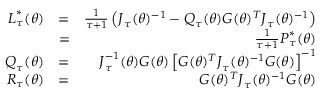
\begin{array} { r l r } { \boldsymbol { L } _ { \tau } ^ { \ast } ( \boldsymbol { \theta } ) } & { = } & { \frac { 1 } { \tau + 1 } \left( \boldsymbol { J } _ { \boldsymbol { \tau } } ( \boldsymbol { \theta } ) ^ { - 1 } - \boldsymbol { Q } _ { \boldsymbol { \tau } } ( \boldsymbol { \theta } ) \boldsymbol { G } ( \boldsymbol { \theta } ) ^ { T } \boldsymbol { J } _ { \boldsymbol { \tau } } ( \boldsymbol { \theta } ) ^ { - 1 } \right) } \\ & { = } & { \frac { 1 } { \tau + 1 } \boldsymbol { P } _ { \tau } ^ { \ast } ( \boldsymbol { \theta } ) } \\ { \boldsymbol { Q } _ { \tau } ( \boldsymbol { \theta } ) } & { = } & { \boldsymbol { J } _ { \boldsymbol { \tau } } ^ { - 1 } ( \boldsymbol { \theta } ) \boldsymbol { G } ( \boldsymbol { \theta } ) \left[ \boldsymbol { G } ( \boldsymbol { \theta } ) ^ { T } \boldsymbol { J } _ { \boldsymbol { \tau } } ( \boldsymbol { \theta } ) ^ { - 1 } \boldsymbol { G } ( \boldsymbol { \theta } ) \right] ^ { - 1 } } \\ { \boldsymbol { R } _ { \tau } ( \boldsymbol { \theta } ) } & { = } & { \boldsymbol { G } ( \boldsymbol { \theta } ) ^ { T } \boldsymbol { J } _ { \boldsymbol { \tau } } ( \boldsymbol { \theta } ) ^ { - 1 } \boldsymbol { G } ( \boldsymbol { \theta } ) } \end{array}